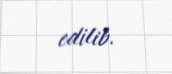
edilib.